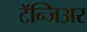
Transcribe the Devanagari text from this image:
टॅन्जिअर